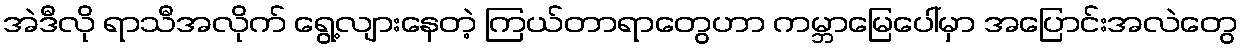
အဲဒီလို ရာသီအလိုက် ရွေ့လျားနေတဲ့ ကြယ်တာရာတွေဟာ ကမ္ဘာမြေပေါ်မှာ အပြောင်းအလဲတွေ